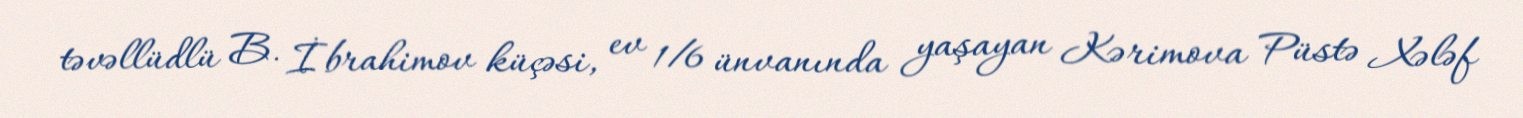
təvəllüdlü B. İbrahimov küçəsi, ev 1/6 ünvanında yaşayan Kərimova Püstə Xələf